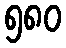
၅၈၀